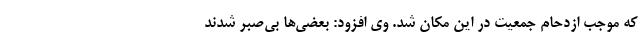
که موجب ازدحام جمعیت در این مکان شد. وی افزود: بعضی‌ها بی‌صبر شدند